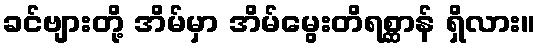
ခင်ဗျားတို့ အိမ်မှာ အိမ်မွေးတိရစ္ဆာန် ရှိလား။